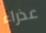
عذراء